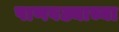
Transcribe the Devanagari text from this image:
पाणवठ्याच्या